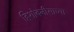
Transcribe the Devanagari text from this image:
हिशोबनीसाच्या